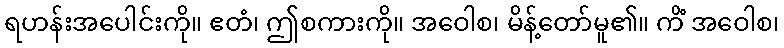
ရဟန်းအပေါင်းကို။ ဧတံ၊ ဤစကားကို။ အဝေါစ၊ မိန့်တော်မူ၏။ ကိံ အဝေါစ၊